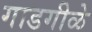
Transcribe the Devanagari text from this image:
गाडगीळे